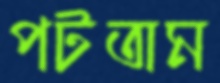
পটতাম